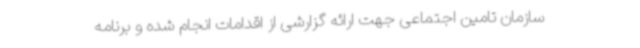
سازمان تامین اجتماعی جهت ارائه گزارشی از اقدامات انجام شده و برنامه